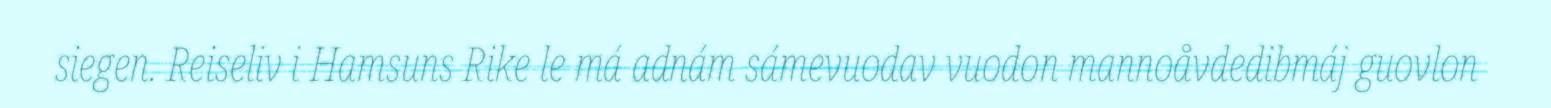
siegen. Reiseliv i Hamsuns Rike le má adnám sámevuodav vuodon mannoåvdedibmáj guovlon